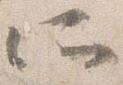
所